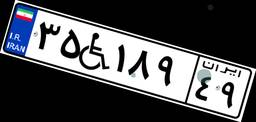
۳۵W۱۸۹۴۹